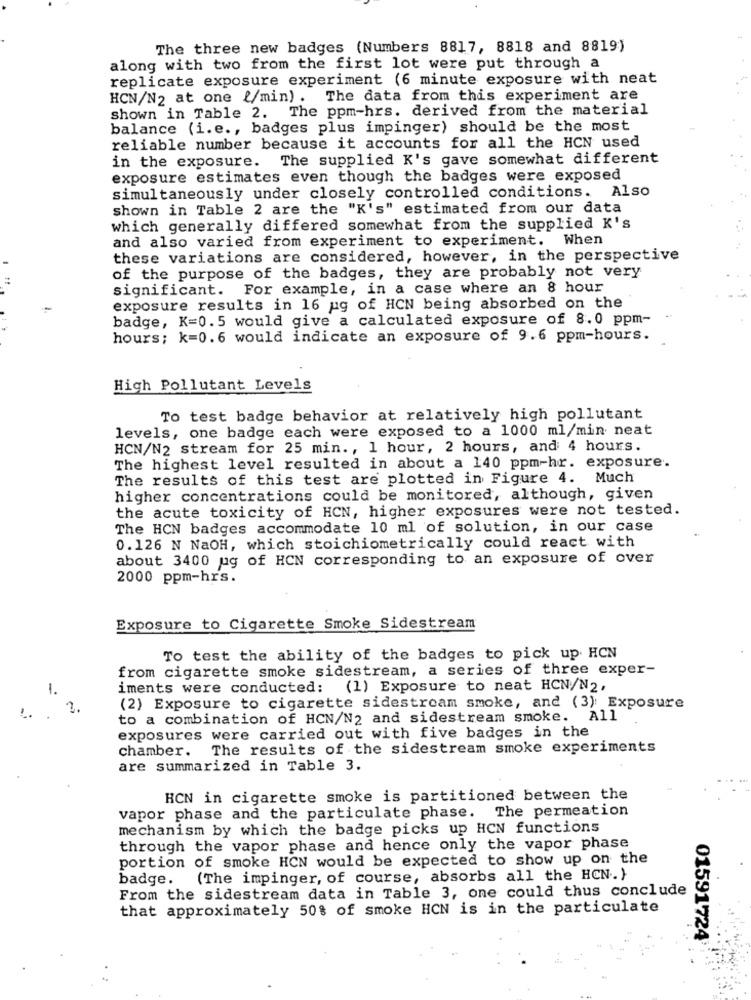
The three new badges (Numbers 8817, 8818 and 8819)
along with two from the first lot were put through a
replicate exposure experiment (6 minute exposure with neat
HCN/N2 at one {/min). The data from this experiment are
shown in Table 2. The ppm-hrs. derived from the material
balance (i.e ., badges plus impinger) should be the most
reliable number because it accounts for all the HCN used
in the exposure. The supplied K's gave somewhat different
exposure estimates even though the badges were exposed
simultaneously under closely controlled conditions. Also
shown in Table 2 are the "K's" estimated from our data
which generally differed somewhat from the supplied K's
and also varied from experiment to experiment. When
these variations are considered, however, in the perspective
of the purpose of the badges, they are probably not very
significant. For example, in a case where an 8 hour
exposure results in 16 ug of HCN being absorbed on the
badge, K=0.5 would give a calculated exposure of 8.0 ppm-
hours; k=0.6 would indicate an exposure of 9.6 ppm-hours.
High Pollutant Levels
To test badge behavior at relatively high pollutant
levels, one badge each were exposed to a 1000 ml/min neat
HCN/N2 stream for 25 min ., 1 hour, 2 hours, and 4 hours.
The highest level resulted in about a 140 ppm-hr. exposure.
The results of this test are plotted in Figure 4. Much
higher concentrations could be monitored, although, given
the acute toxicity of HCN, higher exposures were not tested.
The HCN badges accommodate 10 ml of solution, in our case
0.126 N NaOH, which stoichiometrically could react with
about 3400 ug of HCN corresponding to an exposure of over
2000 ppm-hrs.
Exposure to Cigarette Smoke Sidestream
To test the ability of the badges to pick up. HCN
from cigarette smoke sidestream, a series of three exper-
iments were conducted: (1) Exposure to neat HCN/N2,
(2) Exposure to cigarette sidestream smoke, and (3): Exposure
to a combination of HCN/N2 and sidestream smoke. All
exposures were carried out with five badges in the
chamber. The results of the sidestream smoke experiments
are summarized in Table 3.
HCN in cigarette smoke is partitioned between the
vapor phase and the particulate phase. The permeation
mechanism by which the badge picks up HCN functions
through the vapor phase and hence only the vapor phase
portion of smoke HCN would be expected to show up on the
badge. (The impinger, of course, absorbs all the HCN.}
From the sidestream data in Table 3, one could thus conclude
that approximately 50% of smoke HCN is in the particulate
01591724